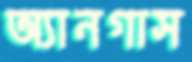
অ্যানগাস